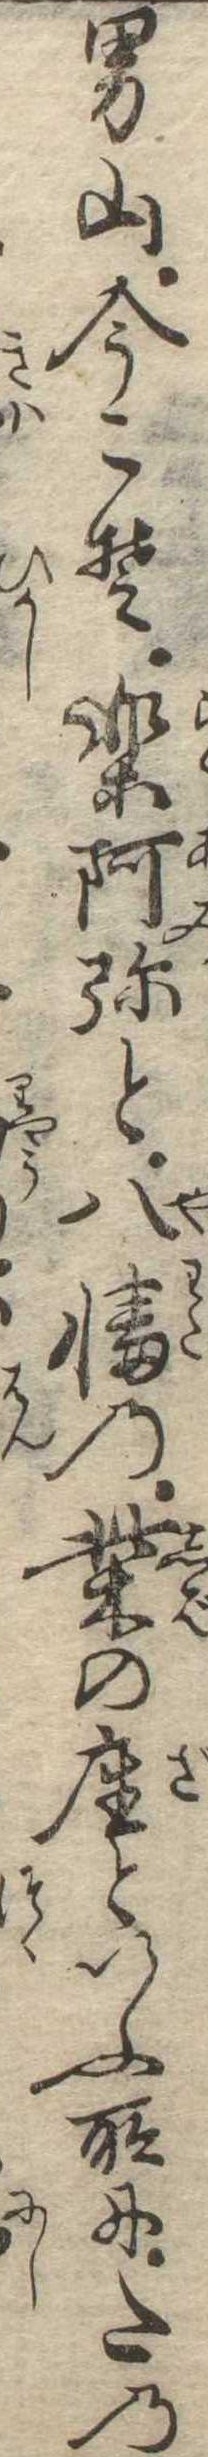
男山今こそ楽阿弥と八幡の柴の座といふ所にたの